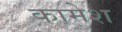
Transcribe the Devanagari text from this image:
कामेश